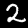
Label: 2